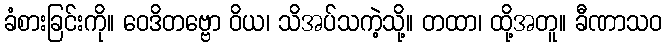
ခံစားခြင်းကို။ ဝေဒိတဗ္ဗော ဝိယ၊ သိအပ်သကဲ့သို့။ တထာ၊ ထို့အတူ။ ခီဏာသဝ